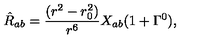
\hat { R } _ { a b } = \frac { ( r ^ { 2 } - r _ { 0 } ^ { 2 } ) } { r ^ { 6 } } X _ { a b } ( 1 + \Gamma ^ { 0 } ) ,